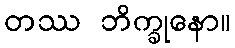
တဿ ဘိက္ခုနော။